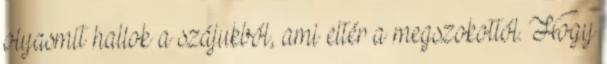
olyasmit hallok a szájukból, ami eltér a megszokottól. Hogy